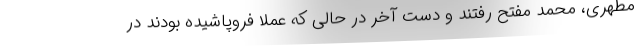
مطهری، محمد مفتح رفتند و دست آخر در حالی که عملا فروپاشیده بودند در